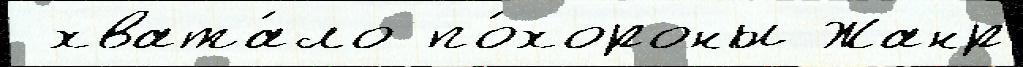
 хвата́ло по́хороны Жанр